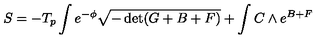
S = - T _ { p } \int e ^ { - \phi } \sqrt { - \det ( G + B + F ) } + \int C \wedge e ^ { B + F }